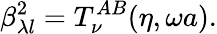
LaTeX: \beta_{\lambda l}^{2}=T_{\nu}^{AB}(\eta,\omega a).